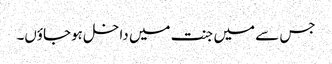
جس سے میں جنت میں داخل ہوجاؤں۔